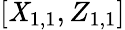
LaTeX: [\mathit{X}_{1,1},Z_{1,1}]